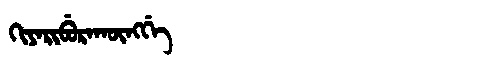
Manchu: ᡴᡳᠶᠠᡵᡳᠪᡠᡵᠠᡴᡡᠩᡤᡝ
Romanization: KIYARIBURAKŪNGGE